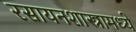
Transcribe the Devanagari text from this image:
रसायनशास्त्रामध्ये